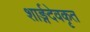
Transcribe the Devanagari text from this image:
शार्ङ्गदेवकृत